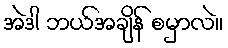
အဲဒါ ဘယ်အချိန် စမှာလဲ။